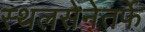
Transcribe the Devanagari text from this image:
स्थलसेनेतर्फे